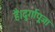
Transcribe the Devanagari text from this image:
है।दुर्गापूजा